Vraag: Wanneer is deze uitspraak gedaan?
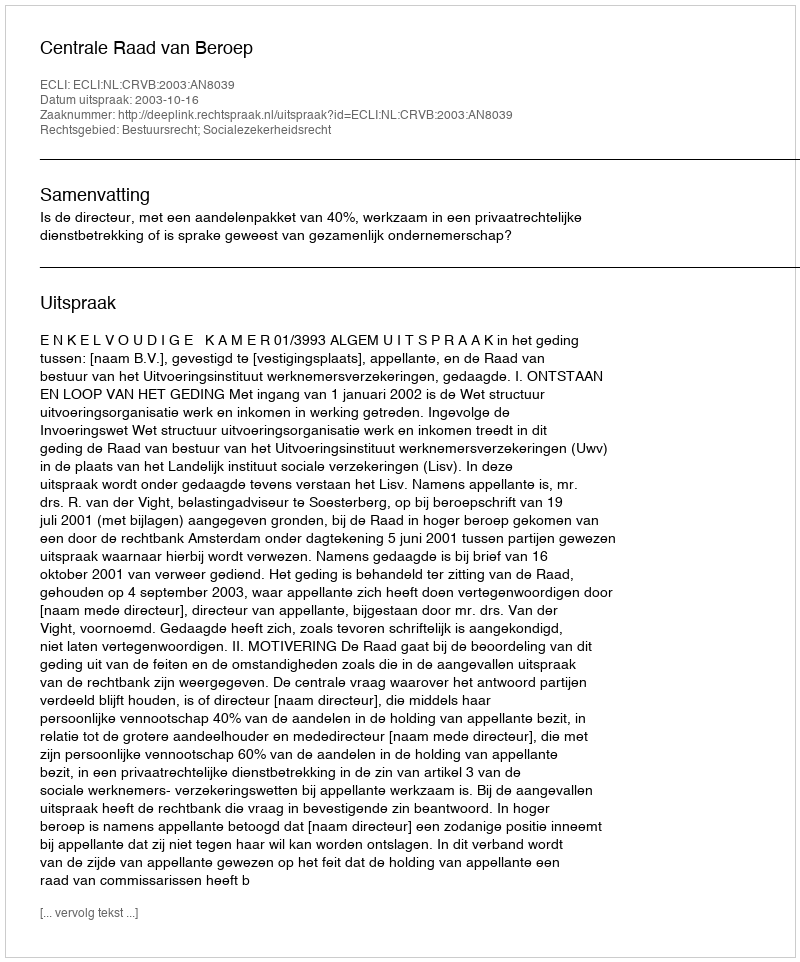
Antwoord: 2003-10-16